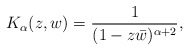
\begin{align*}K_{\alpha}(z,w) = \dfrac{1}{(1-z\bar{w})^{\alpha+2}},\end{align*}